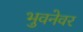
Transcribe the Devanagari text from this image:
भुवनेवर